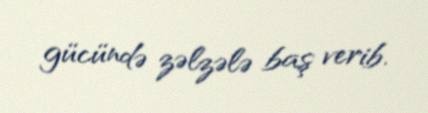
gücündə zəlzələ baş verib.